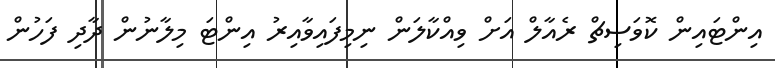
އިންޓައިން ކޮވަސިޗް ރެއާލް އަށް ވިއްކާލަން ނިމިފައިވާއިރު އިންޓަ މިލާނުން ދާދި ފަހުން